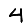
Digit: 4